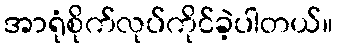
အာရုံစိုက်လုပ်ကိုင်ခဲ့ပါတယ်။